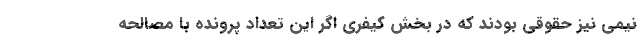
نیمی نیز حقوقی بودند که در بخش کیفری اگر این تعداد پرونده با مصالحه